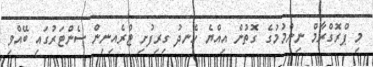
މި ޕްރޮގްރާމް ނިންމުމުގެ ގޮތުން އިއްޔެ ހެނދު ގިރިފުށި ޓްރެއިނިން ސެންޓަރުގައި ބޭއްވި